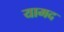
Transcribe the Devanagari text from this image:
यामद